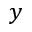
y